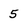
Character: 5